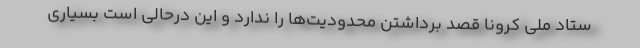
ستاد ملی کرونا قصد برداشتن محدودیت‌ها را ندارد و این درحالی است بسیاری